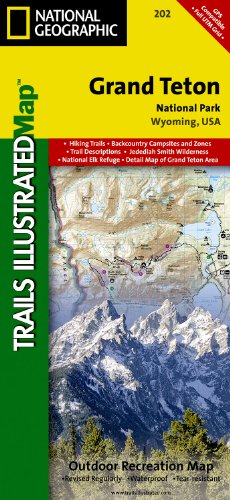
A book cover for Grand Teton National Park (National Geographic Trails Illustrated Map); National Geographic Maps - Trails Illustrated; Reference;